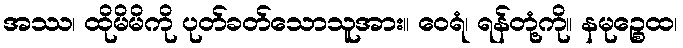
အဿ၊ ထိုမိမိကို ပုတ်ခတ်သောသူအား။ ဝေရံ၊ ရန်တုံ့ကို။ နမုဉ္စေထ၊